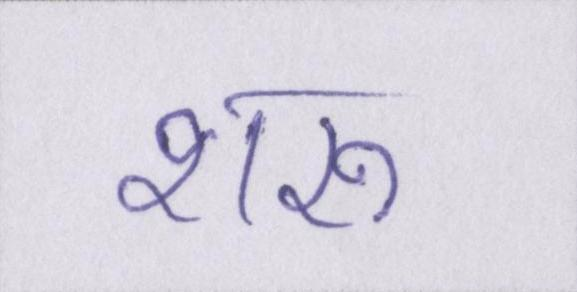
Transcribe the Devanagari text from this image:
शरू